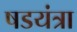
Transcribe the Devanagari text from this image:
षडयंत्रा